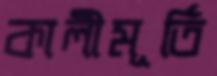
কালীমূর্তি